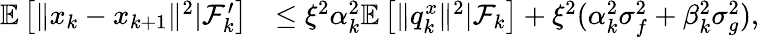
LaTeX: \begin{array}{rl}{\mathbb{E}\left[\| x_{k}-x_{k+1}\| ^{2}|\mathcal{F}_{k}^{\prime}\right]}&{\le\xi^{2}\alpha_{k}^{2}\mathbb{E}\left[\| q_{k}^{x}\| ^{2}|\mathcal{F}_{k}\right]+\xi^{2}(\alpha_{k}^{2}\sigma_{f}^{2}+\beta_{k}^{2}\sigma_{g}^{2}),}\end{array}